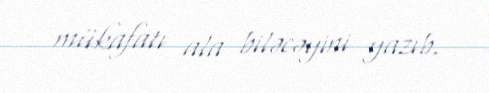
mükafatı ala biləcəyini yazıb.